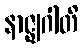
နာဇ္ဈဂါတိ